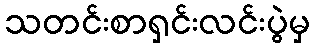
သတင်းစာရှင်းလင်းပွဲမှ